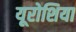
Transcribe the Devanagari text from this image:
यूरोशिया